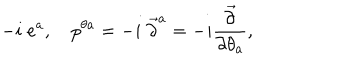
LaTeX: - i \; e ^ { a } , \quad p ^ { \theta a } = - i \; \overrightarrow { \partial } ^ { a } = - i \frac { \overrightarrow { \partial } } { \partial \theta _ { a } } ,